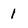
Character: 1